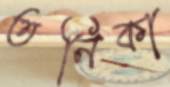
তনিকা